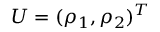
U = ( \rho _ { 1 } , \rho _ { 2 } ) ^ { T }